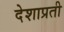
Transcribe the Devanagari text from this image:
देशाप्रती